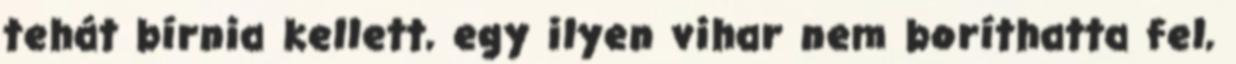
tehát bírnia kellett, egy ilyen vihar nem boríthatta fel,